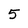
Character: 5